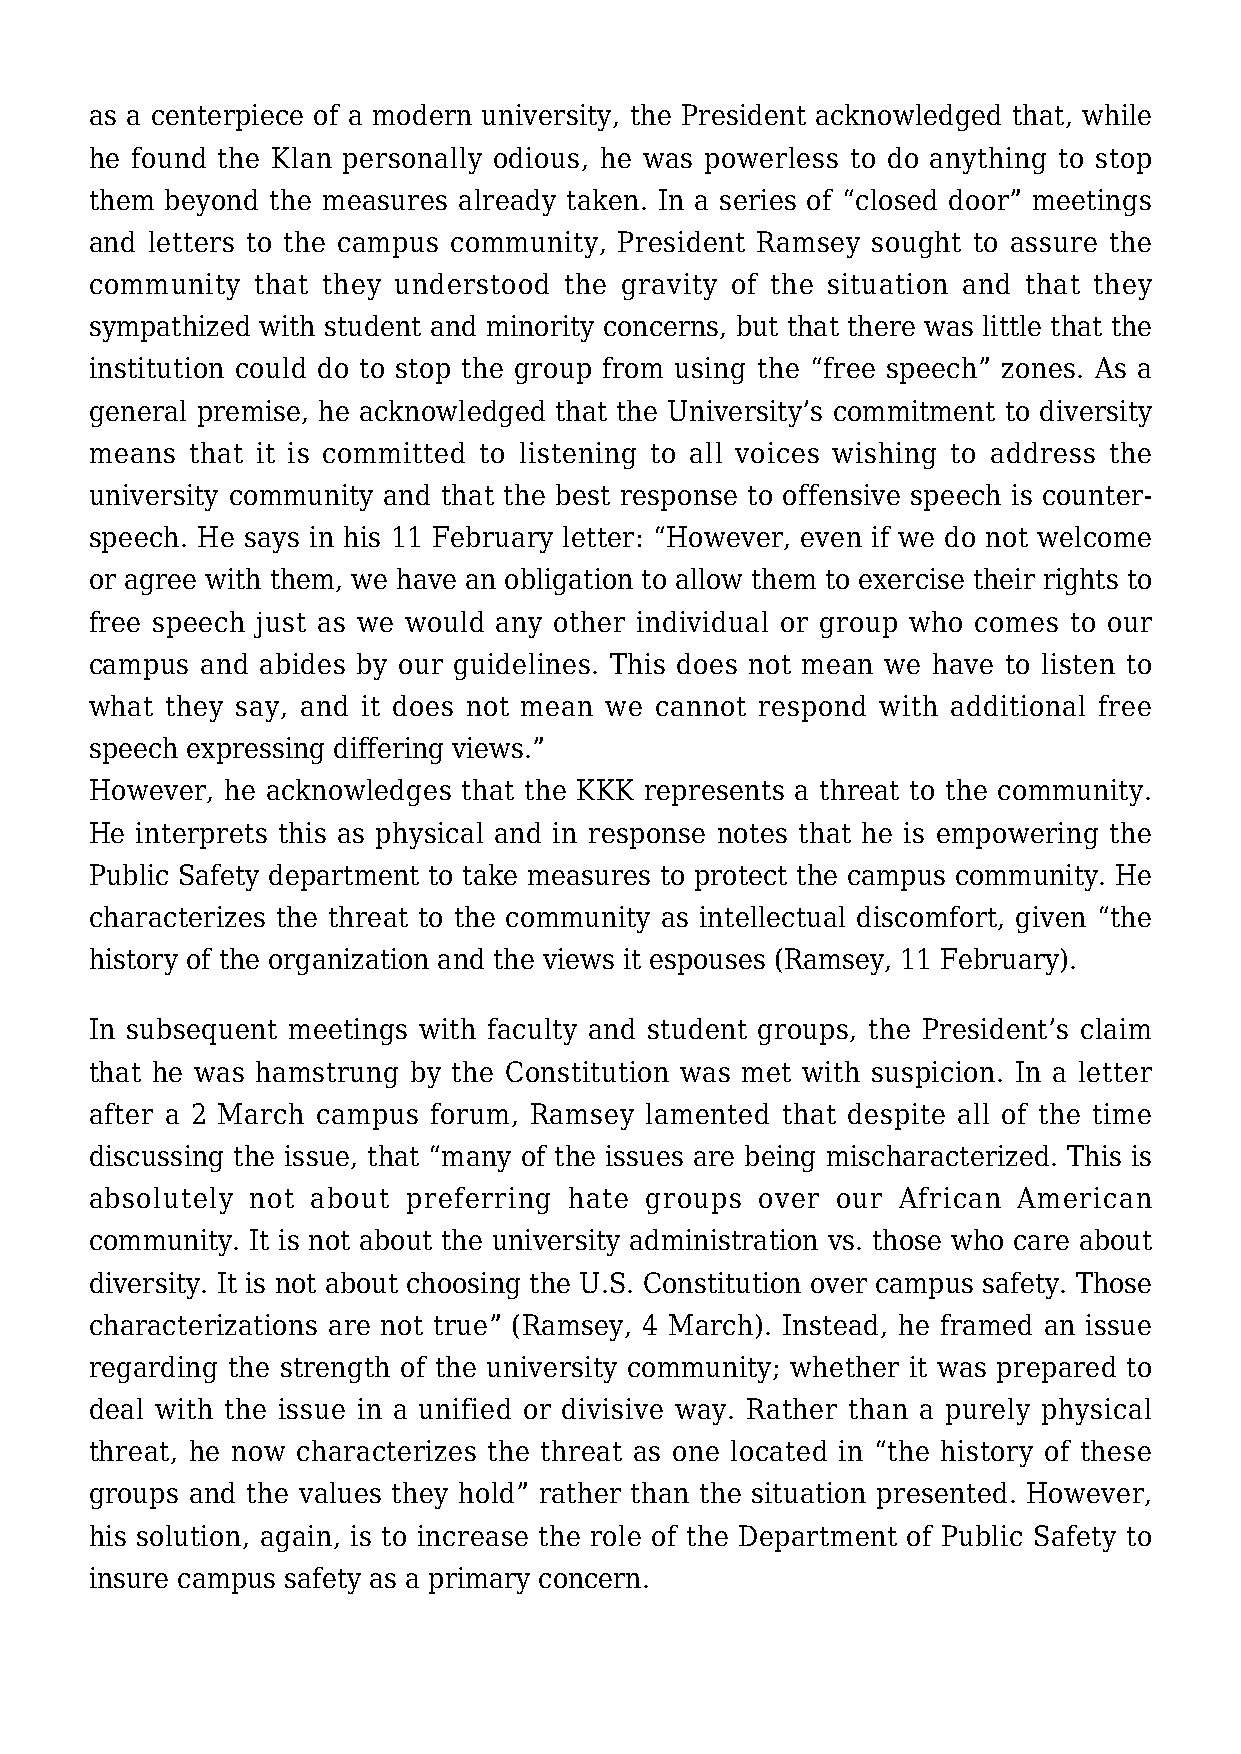
as a centerpiece of a modern university, the President acknowledged that, while
 he found the Klan personally odious, he was powerless to do anything to stop
 them beyond the measures already taken. In a series of “closed door” meetings
 and letters to the campus community, President Ramsey sought to assure the
 community  that they understood the gravity of the situation and that they
 sympathized with student and minority concerns, but that there was little that the
 institution could do to stop the group from using the “free speech” zones. As a
 general premise, he acknowledged that the University’s commitment to diversity
 means that it is committed to listening to all voices wishing to address the
 university community and that the best response to offensive speech is counter-
 speech. He says in his 11 February letter: “However, even if we do not welcome
 or agree with them, we have an obligation to allow them to exercise their rights to
 free speech just as we would any other individual or group who comes to our
 campus and abides by our guidelines. This does not mean we have to listen to
 what they say, and it does not mean we cannot respond with additional free
 speech expressing differing views.”
 However, he acknowledges that the KKK represents a threat to the community.
 He interprets this as physical and in response notes that he is empowering the
 Public Safety department to take measures to protect the campus community. He
 characterizes the threat to the community as intellectual discomfort, given “the
 history of the organization and the views it espouses (Ramsey, 11 February).
 In subsequent meetings with faculty and student groups, the President’s claim
 that he was hamstrung by the Constitution was met with suspicion. In a letter
 after a 2 March campus forum, Ramsey lamented that despite all of the time
 discussing the issue, that “many of the issues are being mischaracterized. This is
 absolutely not about preferring hate groups over our  African American
 community. It is not about the university administration vs. those who care about
 diversity. It is not about choosing the U.S. Constitution over campus safety. Those
 characterizations are not true” (Ramsey, 4 March). Instead, he framed an issue
 regarding the strength of the university community; whether it was prepared to
 deal with the issue in a unified or divisive way. Rather than a purely physical
 threat, he now characterizes the threat as one located in “the history of these
 groups and the values they hold” rather than the situation presented. However,
 his solution, again, is to increase the role of the Department of Public Safety to
 insure campus safety as a primary concern.